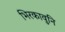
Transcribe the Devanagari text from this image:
भिरकावुनि